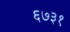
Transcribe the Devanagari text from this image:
६७३१